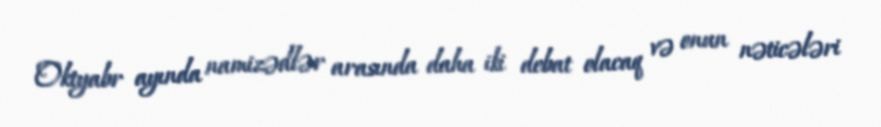
Oktyabr ayında namizədlər arasında daha iki debat olacaq və onun nəticələri